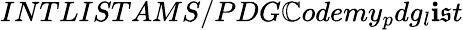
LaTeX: INTLISTAMS/PDG\mathbb{C}odemy_{p}dg_{l}\mathbf{i}\mathfrak{s}t